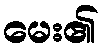
မေး၏